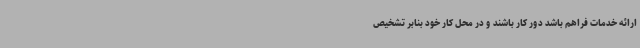
ارائه خدمات فراهم باشد دور کار باشند و در محل کار خود بنابر تشخیص